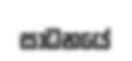
සාධනයේ